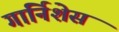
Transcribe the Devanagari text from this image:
गार्निशेस